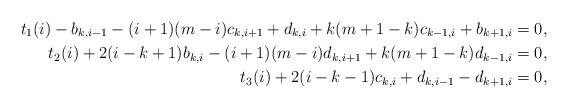
LaTeX: \begin{align*}t_1(i)-b_{k,i-1}-(i+1)(m-i)c_{k,i+1}+d_{k,i}+k(m+1-k)c_{k-1,i}+b_{k+1,i} & =0, \\t_2(i)+2(i-k+1)b_{k,i}-(i+1)(m-i)d_{k,i+1}+k(m+1-k)d_{k-1,i} &=0, \\t_3(i)+2(i-k-1)c_{k,i}+d_{k,i-1}-d_{k+1,i} & =0, \end{align*}